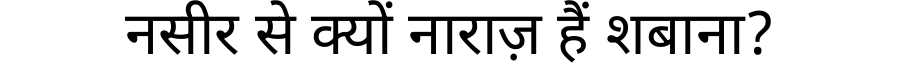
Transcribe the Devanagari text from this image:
नसीर से क्यों नाराज़ हैं शबाना?